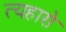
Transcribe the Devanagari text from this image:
त्यहारो